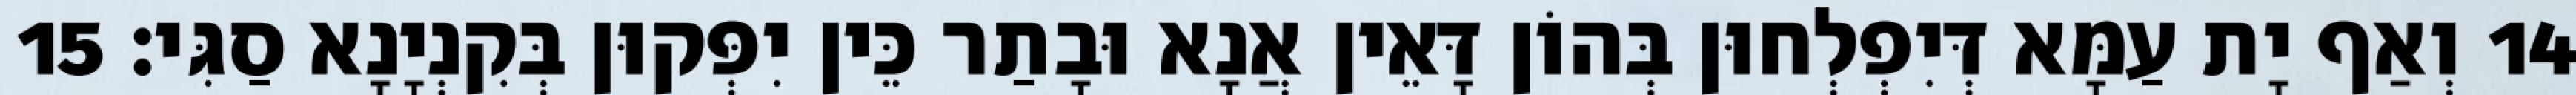
14 וְאַף יָת עַמָּא דְּיִפְלְחוּן בְּהוֹן דָּאֵין אֲנָא וּבָתַר כֵּין יִפְּקוּן בְּקִנְיָנָא סַגִּי׃ 15